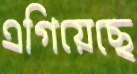
এগিয়েছে